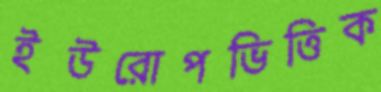
ইউরোপভিত্তিক